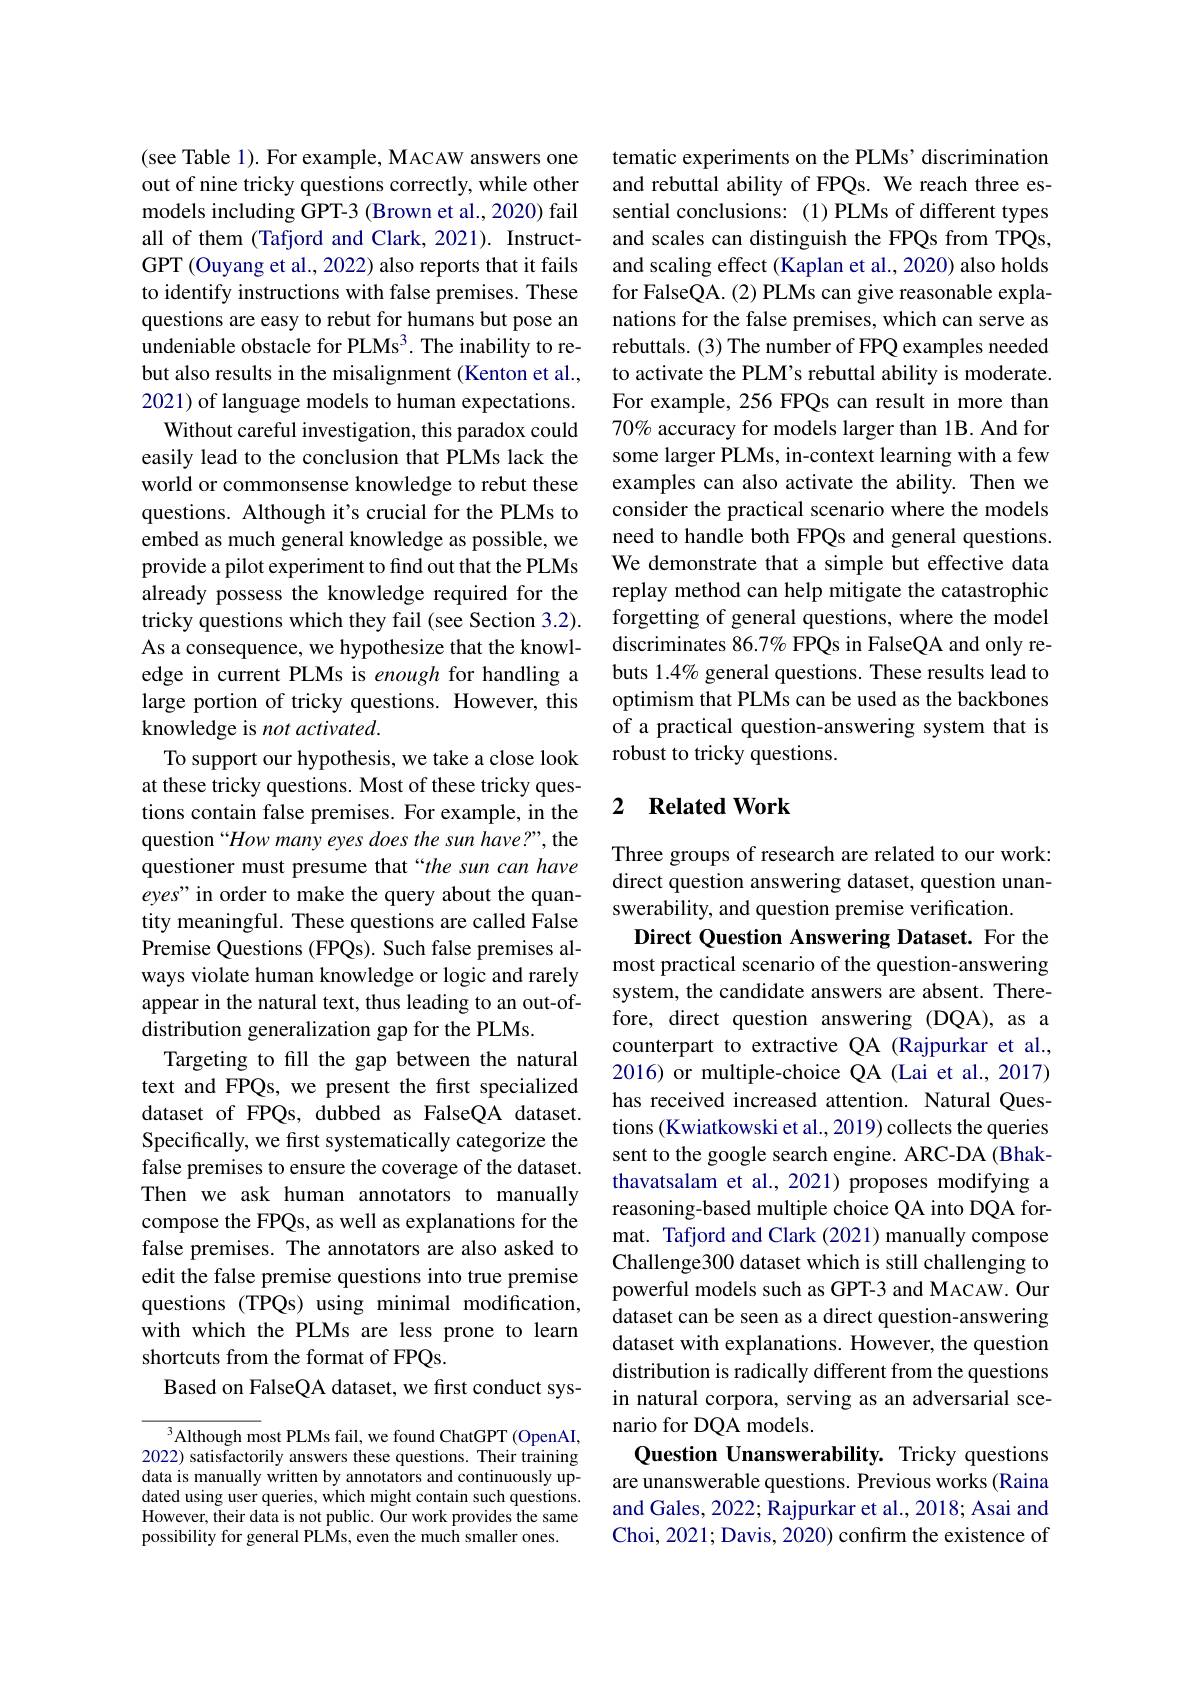
(see Table 1). For example, MACAW answers one out of nine tricky questions correctly, while other models including GPT-3 (Brown et al., 2020) fail all of them (Tafjord and Clark, 2021). InstructGPT (Ouyang et al., 2022) also reports that it fails to identify instructions with false premises. These questions are easy to rebut for humans but pose an undeniable obstacle for PLMs$^3.$ The inability to rebut also results in the misalignment (Kenton et al., 2021) of language models to human expectations.
Without careful investigation, this paradox could easily lead to the conclusion that PLMs lack the world or commonsense knowledge to rebut these questions. Although it's crucial for the PLMs to embed as much general knowledge as possible, we provide a pilot experiment to find out that the PLMs already possess the knowledge required for the tricky questions which they fail (see Section 3.2). As a consequence, we hypothesize that the knowledge in current PLMs is enough for handling a large portion of tricky questions. However, this knowledge is not activated.
To support our hypothesis, we take a close look at these tricky questions. Most of these tricky questions contain false premises. For example, in the question“How many eyes does the sun have?”, the questioner must presume that “the sun can have eyes" in order to make the query about the quantity meaningful. These questions are called False Premise Questions (FPQs). Such false premises always violate human knowledge or logic and rarely appear in the natural text, thus leading to an out-ofdistribution generalization gap for the PLMs.
Targeting to fill the gap between the natural text and FPQs, we present the first specialized dataset of FPQs, dubbed as FalseQA dataset. Specifically, we first systematically categorize the false premises to ensure the coverage of the dataset. Then we ask human annotators to manually compose the FPQs, as well as explanations for the false premises. The annotators are also asked to edit the false premise questions into true premise questions (TPQs) using minimal modification, with which the PLMs are less prone to learn shortcuts from the format of FPQs.
Based on FalseQA dataset, we first conduct sys-

$^3$Although most PLMs fail, we found ChatGPT (OpenAI, 2022) satisfactorily answers these questions. Their training data is manually written by annotators and continuously updated using user queries, which might contain such questions. However, their data is not public. Our work provides the same possibility for general PLMs, even the much smaller ones.

tematic experiments on the PLMs' discrimination and rebuttal ability of FPQs. We reach three essential conclusions: (1) PLMs of different types and scales can distinguish the FPQs from TPQs, and scaling effect (Kaplan et al., 2020) also holds for FalseQA. (2) PLMs can give reasonable explanations for the false premises, which can serve as rebuttals. (3) The number of FPQ examples needed to activate the PLM's rebuttal ability is moderate. For example, 256 FPQs can result in more than 70% accuracy for models larger than 1B. And for some larger PLMs, in-context learning with a few examples can also activate the ability. Then we consider the practical scenario where the models need to handle both FPQs and general questions. We demonstrate that a simple but effective data replay method can help mitigate the catastrophic forgetting of general questions, where the model discriminates 86.7% FPQs in FalseQA and only rebuts 1.4% general questions. These results lead to optimism that PLMs can be used as the backbones of a practical question-answering system that is robust to tricky questions.

### 2 $\textbf{Related Work}$

Three groups of research are related to our work: direct question answering dataset, question unanswerability, and question premise verification.
Direct Question Answering Dataset. For the most practical scenario of the question-answering system, the candidate answers are absent. Therefore, direct question answering (DQA), as a counterpart to extractive QA (Rajpurkar et al., 2016) or multiple-choice QA (Lai et al., 2017) has received increased attention. Natural Questions (Kwiatkowski et al., 2019) collects the queries sent to the google search engine. ARC-DA (Bhakthavatsalam et al., 2021) proposes modifying a reasoning-based multiple choice QA into DQA format. Tafjord and Clark (2021) manually compose Challenge300 dataset which is still challenging to powerful models such as GPT-3 and MACAW. Our dataset can be seen as a direct question-answering dataset with explanations. However, the question distribution is radically different from the questions in natural corpora, serving as an adversarial scenario for DQA models.
Question Unanswerability. Tricky questions are unanswerable questions. Previous works (Raina and Gales, 2022; Rajpurkar et al., 2018; Asai and Choi, 2021; Davis, 2020) confırm the existence of